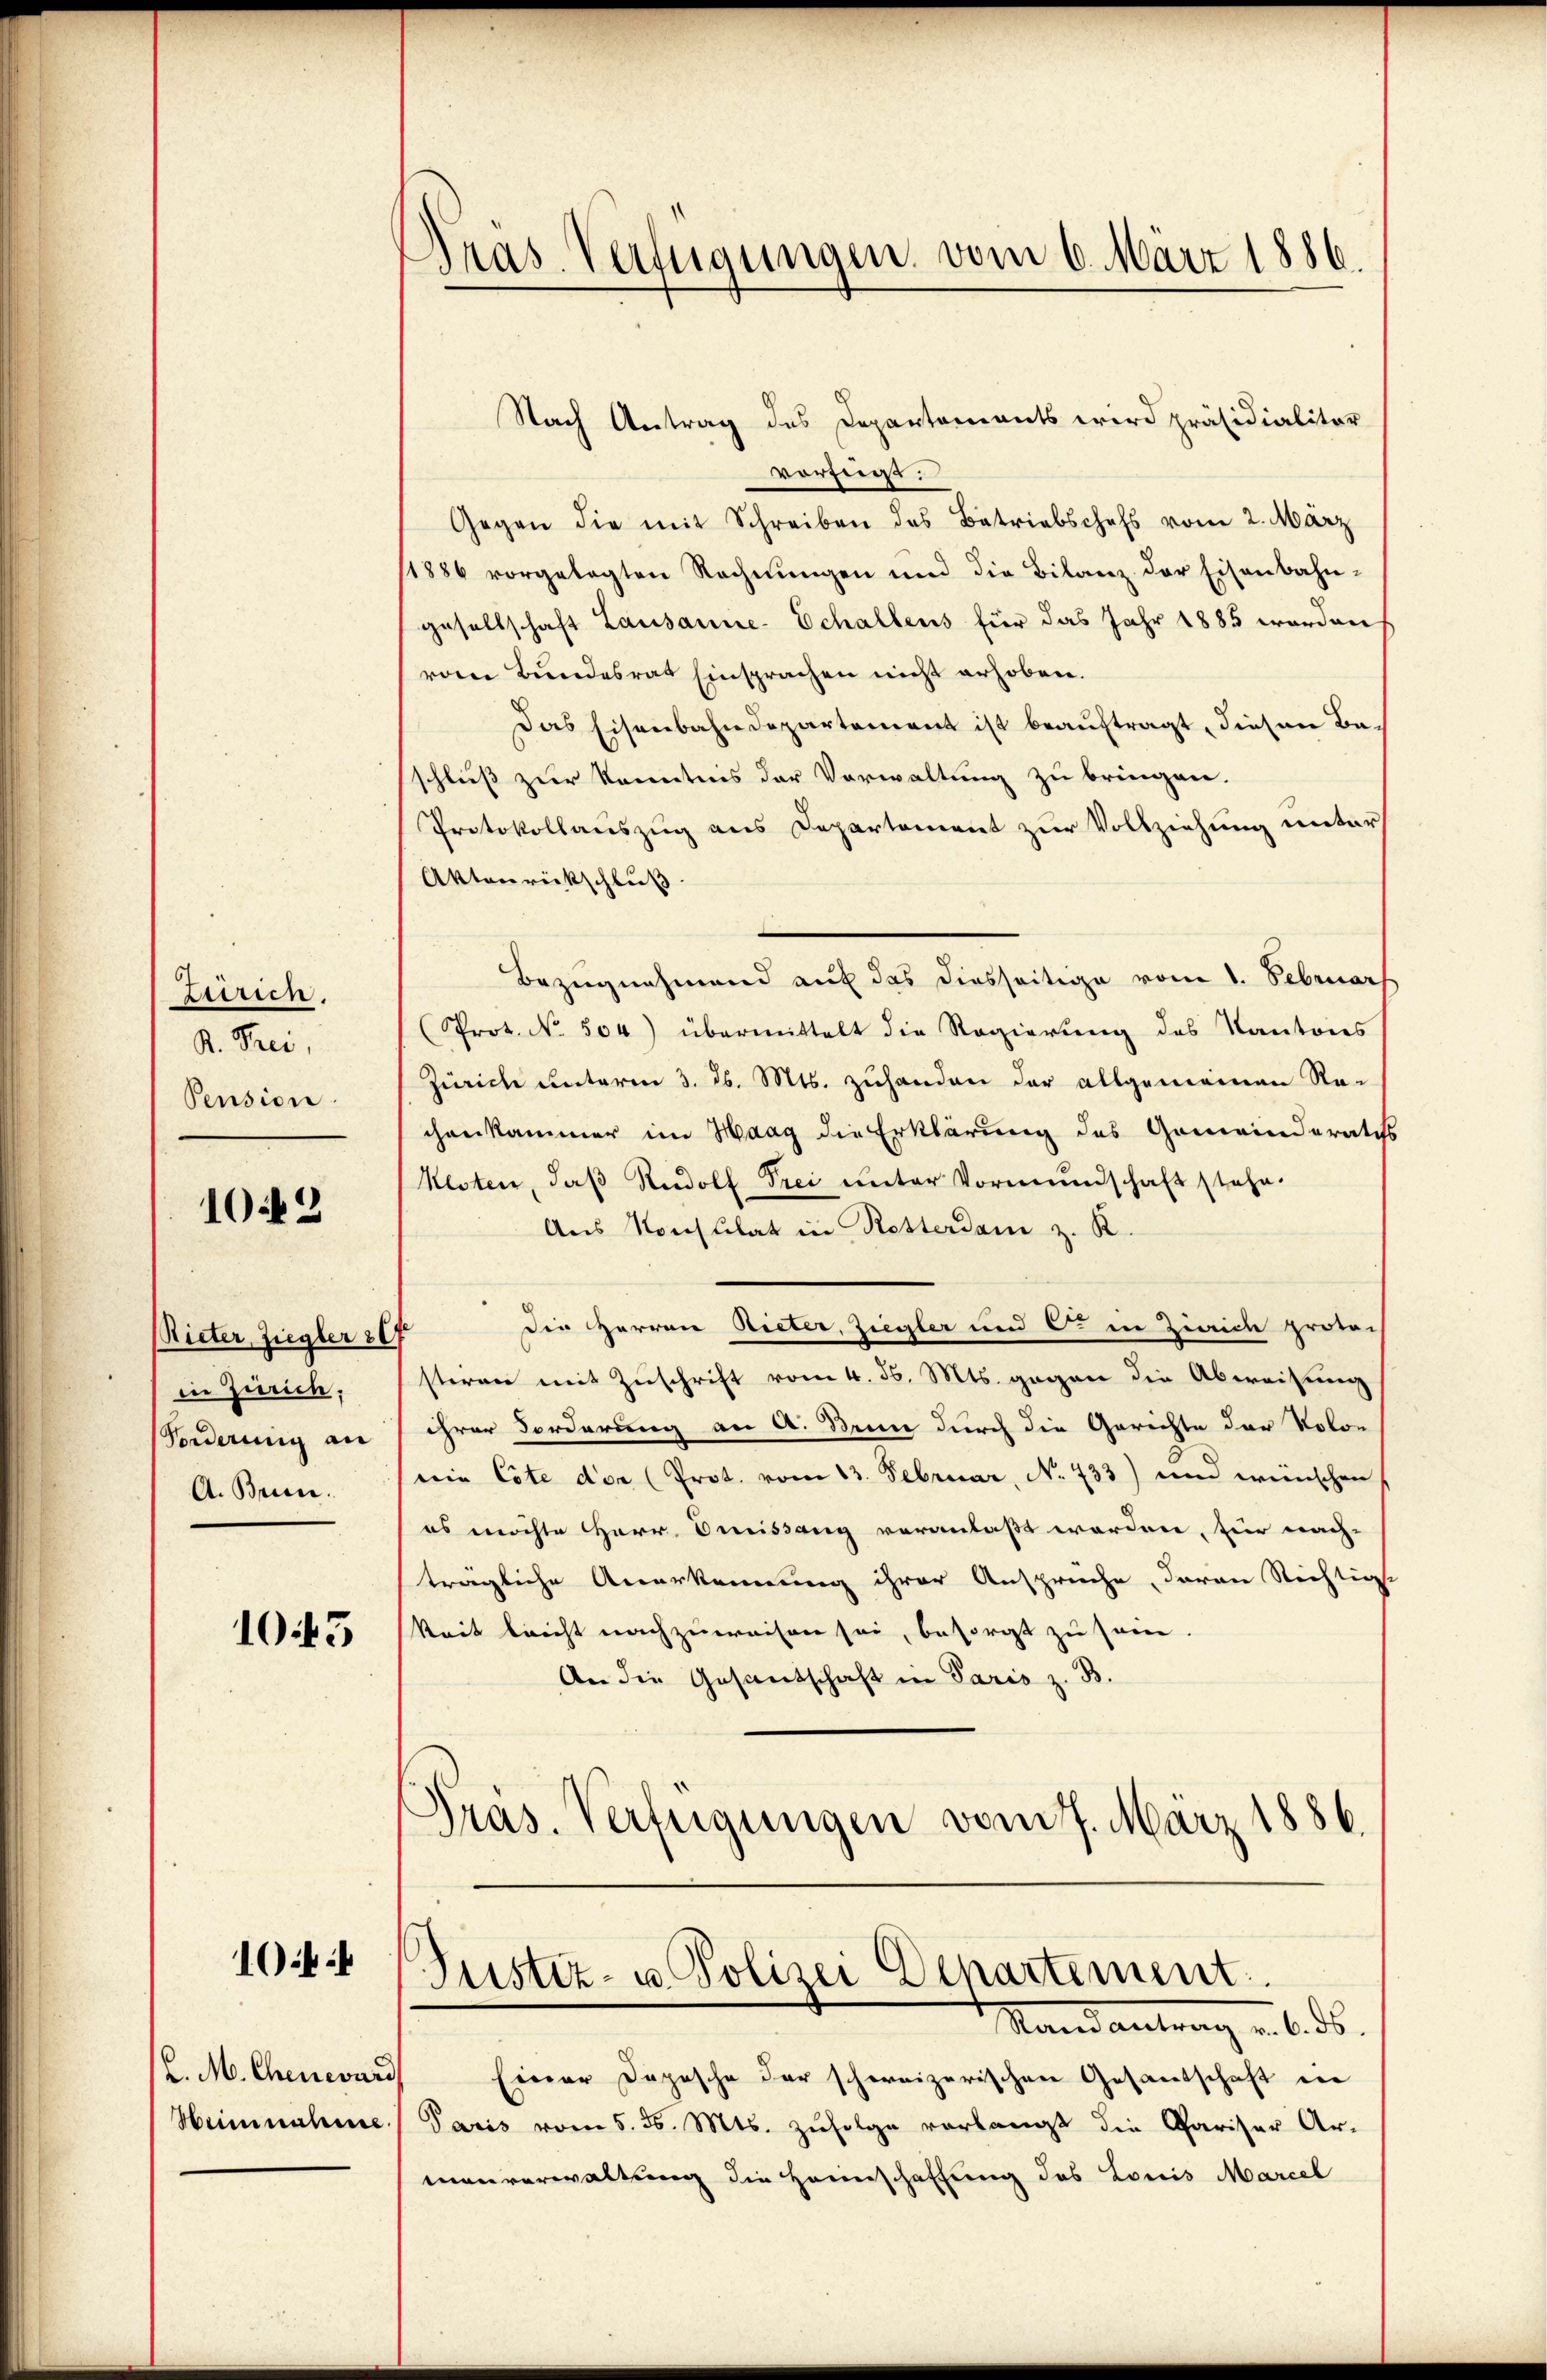
Zurien.
K. Frei,
Pension.

1042

Rieter, Ziegler 207
in Zürich,
Vorderung an
A. Brunn.

105

1044

2. M. Chenevard
Heim nahme

Bras-Verfügungen vom 6. März 1886.

Nach Antrag des Departements wird präsidialitar
vorzugs
Gegen die mit Schreiben des Betriebschefs vom 2. März
11886 vorgelegten Rechnŭngen und die Bilanz der Eisenbahn-
gesellschaft Lausanne-Echallens für das Jahr 1885 worden
vom Bundesrat Einsprachen nicht erhoben.
Das Eisenbahndepartement ist beauftragt, diesen Baschluß zur Kenntnis der Verwaltung zu bringen.
Protokollauszug aus Departement zur Vollziehung unter
Aktenrickschluß
Bezugnahmend auf das diesseitige vom 1. Februars
(Prot. No. 504) übermittelt die Regierŭng des Kantons
Zürich unterm 3. d. Mts. zuhanden der allgemeinen Na-
chankammer im Haag die Erklärung des Gemeinderates
Kesten, daβ Rudolf Frei unter Vormundschaft stehe.
Aus Konsulat in Rotterdam z. R.
Die HHerren Rieter, Ziegler und C. in Zürich protoc
stiren mit Zuschrift vom 4. d. Mts. gegen die Abweisung
ihrer Forderung an A. Brun durch die Gerichte der Volon
wie Cote der (Prot. vom 13. Februar, No. 433) und wünschen
es möchte Herr Dreissang veranlaßt worden, für nach-
trägliche Anerkennung ihrer Ansprüche, daran Richtigst
keit leicht nachzuweisen sei, besorgt zu sein.
An die Gesandschaft in Paris z. B.
d
Pras. Verfügungen vom 7. März 1886.

Justiz- u. Polizei Departement.
Randantrag u. 6. ds.

Einer Depesche der schweizerischen Gesandschaft in
Paris vom 5. d. Mts. zufolge verlangt die Pariser Ar-
manverwaltung die Heimschaffung des Loris Marcel